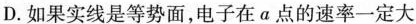
D.如果实线是等势面，电子在a点的速率一定大于在b点的速率